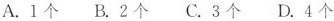
A.1个B.2个C.3个D.4个